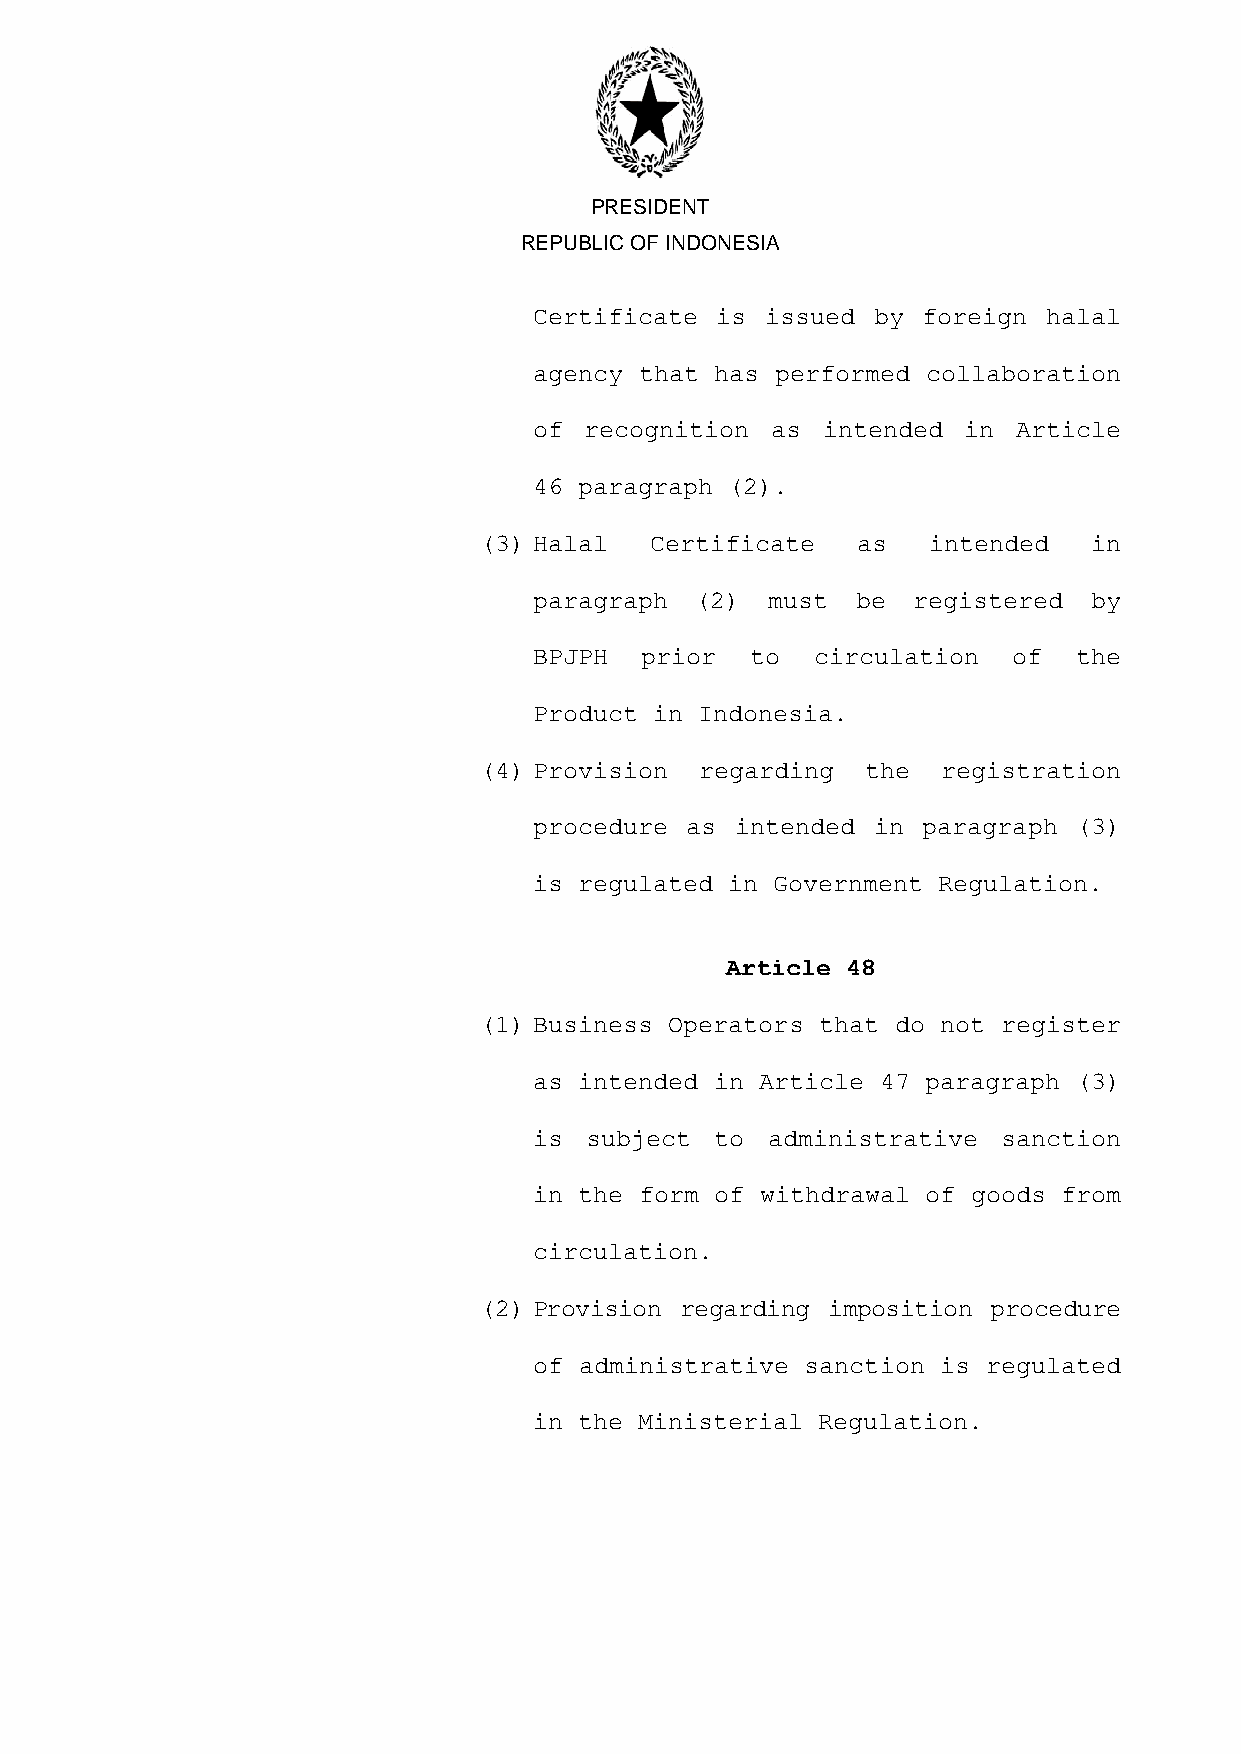
PRESIDENT
 REPUBLIC OF INDONESIA
 Certificate is  issued by foreign halal
 agency that has performed collaboration
 of  recognition as intended  in Article
 46 paragraph (2).
 (3) Halal  Certificate   as  intended   in
 paragraph  (2)  must  be registered  by
 BPJPH  prior   to  circulation  of  the
 Product in Indonesia.
 (4) Provision regarding  the  registration
 procedure as  intended in paragraph (3)
 is regulated in Government Regulation.
 Article 48
 (1) Business Operators that do not register
 as intended in Article 47 paragraph (3)
 is  subject to  administrative sanction
 in the form of withdrawal of goods from
 circulation.
 (2) Provision regarding imposition procedure
 of administrative sanction is regulated
 in the Ministerial Regulation.